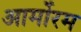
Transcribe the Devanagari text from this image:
आर्मोरम